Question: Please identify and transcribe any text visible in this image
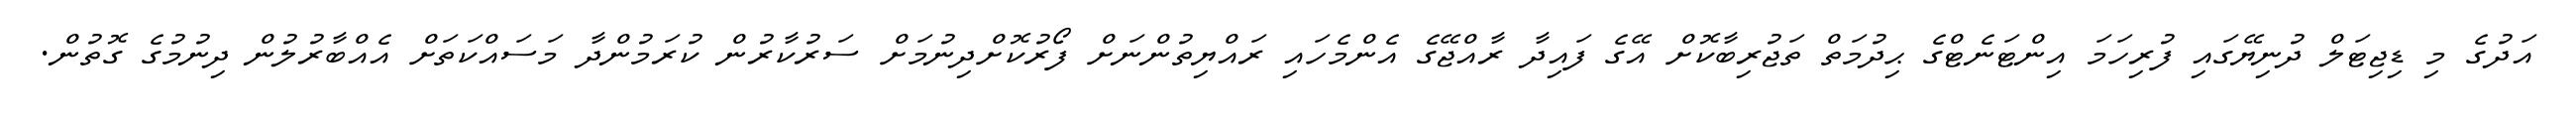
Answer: އަދުގެ މި ޑިޖިޓަލް ދުނިޔޭގައި ފުރިހަމަ އިންޓަނެޓްގެ ޙިދުމަތް ތަޖުރިބާކޮށް އޭގެ ފައިދާ ރާއްޖޭގެ އެންމެހައި ރައްޔިތުންނަށް ފޯރުކޮށްދިނުމަށް ސަރުކާރުން ކުރަމުންދާ މަސައްކަތަށް އެއްބާރުލުން ދިނުމުގެ ގޮތުން.